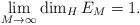
LaTeX: \begin{align*}\lim_{M\to \infty}\dim_H E_M =1.\end{align*}